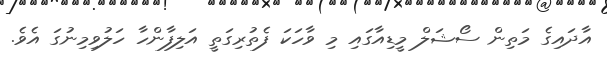
އާދައިގެ މަތިން ސޯޝަލް މީޑިއާގައި މި ވާހަކަ ފެތުރިގަތީ އަލިފާންހާ ހަލުވިމިނުގަ އެވެ.